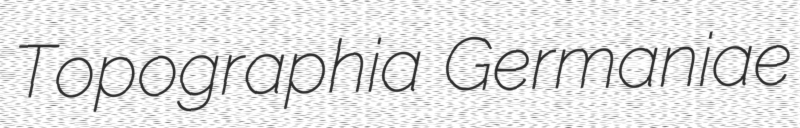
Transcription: Topographia Germaniae